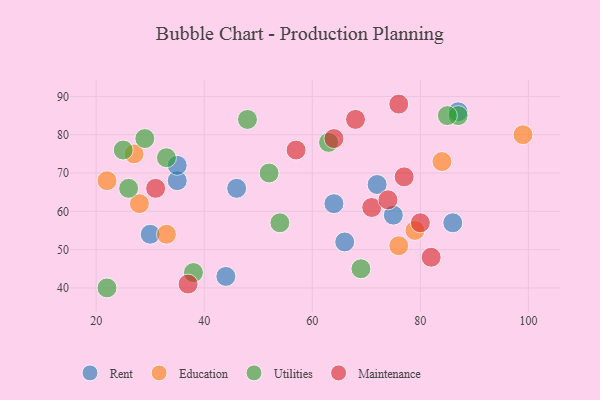
{"axis": {"x": "GDP", "y": "Life Expectancy"}, "legend": ["Education", "Maintenance", "Rent", "Utilities"], "data": [{"x": "35", "y": 68, "type": "Rent"}, {"x": "75", "y": 59, "type": "Rent"}, {"x": "72", "y": 67, "type": "Rent"}, {"x": "35", "y": 72, "type": "Rent"}, {"x": "87", "y": 86, "type": "Rent"}, {"x": "44", "y": 43, "type": "Rent"}, {"x": "86", "y": 57, "type": "Rent"}, {"x": "30", "y": 54, "type": "Rent"}, {"x": "64", "y": 62, "type": "Rent"}, {"x": "46", "y": 66, "type": "Rent"}, {"x": "66", "y": 52, "type": "Rent"}, {"x": "76", "y": 51, "type": "Education"}, {"x": "99", "y": 80, "type": "Education"}, {"x": "22", "y": 68, "type": "Education"}, {"x": "84", "y": 73, "type": "Education"}, {"x": "33", "y": 54, "type": "Education"}, {"x": "79", "y": 55, "type": "Education"}, {"x": "27", "y": 75, "type": "Education"}, {"x": "28", "y": 62, "type": "Education"}, {"x": "52", "y": 70, "type": "Utilities"}, {"x": "25", "y": 76, "type": "Utilities"}, {"x": "26", "y": 66, "type": "Utilities"}, {"x": "69", "y": 45, "type": "Utilities"}, {"x": "63", "y": 78, "type": "Utilities"}, {"x": "22", "y": 40, "type": "Utilities"}, {"x": "48", "y": 84, "type": "Utilities"}, {"x": "33", "y": 74, "type": "Utilities"}, {"x": "29", "y": 79, "type": "Utilities"}, {"x": "54", "y": 57, "type": "Utilities"}, {"x": "87", "y": 85, "type": "Utilities"}, {"x": "85", "y": 85, "type": "Utilities"}, {"x": "38", "y": 44, "type": "Utilities"}, {"x": "76", "y": 88, "type": "Maintenance"}, {"x": "68", "y": 84, "type": "Maintenance"}, {"x": "64", "y": 79, "type": "Maintenance"}, {"x": "71", "y": 61, "type": "Maintenance"}, {"x": "77", "y": 69, "type": "Maintenance"}, {"x": "37", "y": 41, "type": "Maintenance"}, {"x": "31", "y": 66, "type": "Maintenance"}, {"x": "80", "y": 57, "type": "Maintenance"}, {"x": "74", "y": 63, "type": "Maintenance"}, {"x": "82", "y": 48, "type": "Maintenance"}, {"x": "57", "y": 76, "type": "Maintenance"}]}